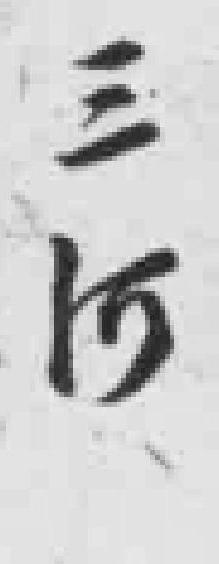
三河